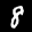
Label: 8